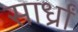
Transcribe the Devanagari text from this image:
सार्ध्रां